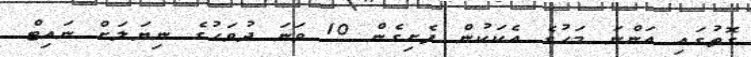
ގޮތުގައި އަންނަ މަހުގެ އެކަކުން ފެށިގެން 10 ވަނަ ދުވަހުގެ ނިޔަލަށް ނައިޓް